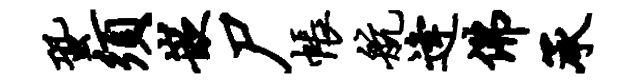
蛩须嵌尸帐航逄佛承